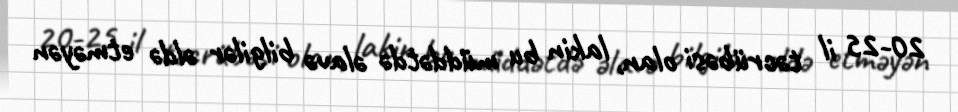
20-25 il təcrübəsi olan, lakin bu müddətdə əlavə bilgilər əldə etməyən